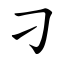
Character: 刁